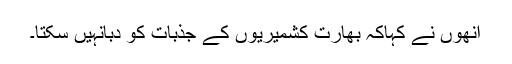
انھوں نے کہاکہ بھارت کشمیریوں کے جذبات کو دبانہیں سکتا۔